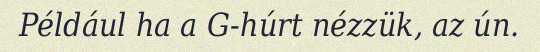
Például ha a G-húrt nézzük, az ún.